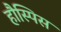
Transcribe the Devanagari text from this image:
हौस्पिस